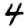
Digit: 4